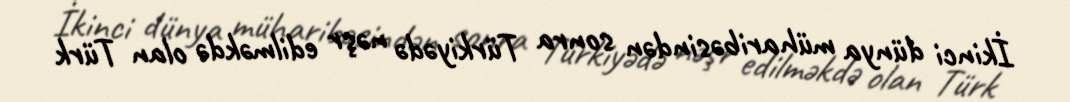
İkinci dünya müharibəsindən sonra Türkiyədə nəşr edilməkdə olan Türk